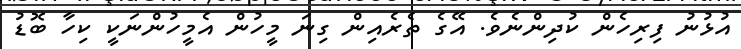
އުޅުނު ފިރިހެން ކުދިންނެވެ. އޭގެ ތެރެއިން ގިނަ މީހުން އެމީހުންނަކީ ކިހާ ބޮޑު